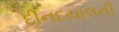
દીનદયાલની